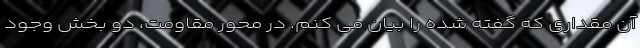
آن مقداری که گفته شده را بیان می کنم. در محور مقاومت، دو بخش وجود